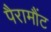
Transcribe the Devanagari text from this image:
पैरामौंट